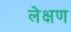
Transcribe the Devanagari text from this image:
लेक्षण